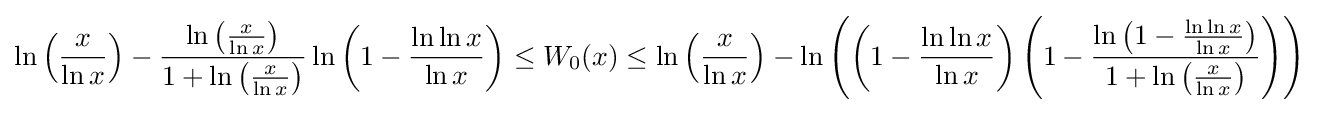
\ln \left({\frac {x}{\ln x}}\right)-{\frac {\ln \left({\frac {x}{\ln x}}\right)}{1+\ln \left({\frac {x}{\ln x}}\right)}}\ln \left(1-{\frac {\ln \ln x}{\ln x}}\right)\leq W_{0}(x)\leq \ln \left({\frac {x}{\ln x}}\right)-\ln \left(\left(1-{\frac {\ln \ln x}{\ln x}}\right)\left(1-{\frac {\ln \left(1-{\frac {\ln \ln x}{\ln x}}\right)}{1+\ln \left({\frac {x}{\ln x}}\right)}}\right)\right)